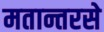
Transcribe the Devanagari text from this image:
मतान्तरसे